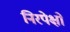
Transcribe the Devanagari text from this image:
निरपेक्षो